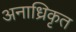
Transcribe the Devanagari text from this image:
अनाध्रिकृत